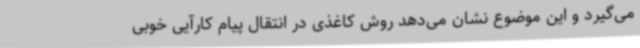
می‌گیرد و این موضوع نشان می‌دهد روش کاغذی در انتقال پیام کارآیی خوبی